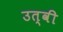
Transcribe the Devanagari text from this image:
उत्वी